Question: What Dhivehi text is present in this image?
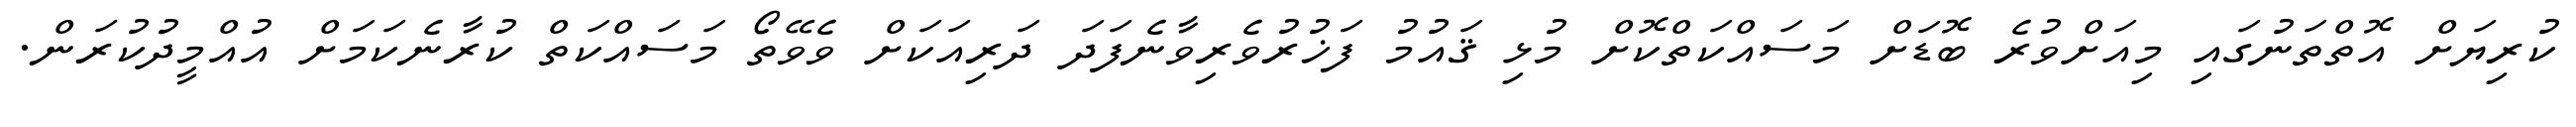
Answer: ކުރިޔަށް އޮތްތަނުގައި މިއަށްވުރެ ބޮޑަށް މަސައްކަތްކޮށް މުޅި ޤައުމު ފަޚުރުވެރިވާނެފަދަ ދަރިއަކަށް ވެވޭތޯ މަސައްކަތް ކުރާނެކަމަށް އުއްމީދުކުރަން.